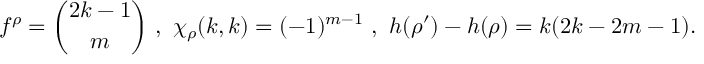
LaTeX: f ^ { \rho } = { \binom { 2 k - 1 } { m } } \ , \ \chi _ { \rho } ( k , k ) = ( - 1 ) ^ { m - 1 } \ , \ h ( \rho ^ { \prime } ) - h ( \rho ) = k ( 2 k - 2 m - 1 ) .